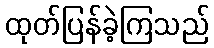
ထုတ်ပြန်ခဲ့ကြသည်